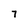
Character: 7